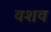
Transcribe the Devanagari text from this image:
वशव